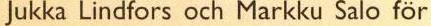
Jukka Lindfors och Markku Salo för